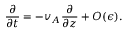
\frac { \partial } { \partial t } = - v _ { A } \frac { \partial } { \partial z } + O ( \epsilon ) .